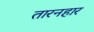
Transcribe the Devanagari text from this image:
तारनहार